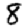
Digit: 8